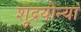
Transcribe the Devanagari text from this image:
शूद्रयोन्यां